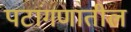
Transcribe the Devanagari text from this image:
पटांगणातील